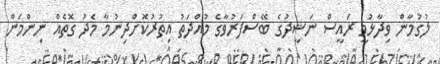
ލުގުމާން ވިދާޅުވީ ރައީސް ނަޝީދުގެ ބޭސްފަރުވާގެ މުއްދަތު އިތުރުކޮށްދިނުމާ މެދު ގޮތެއް ނިންމަން